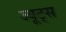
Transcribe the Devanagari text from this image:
ज्यूट्स